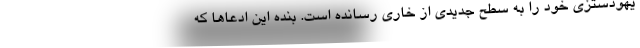
یهودستزی خود را به سطح جدیدی از خاری رسانده است. بنده این ادعاها که